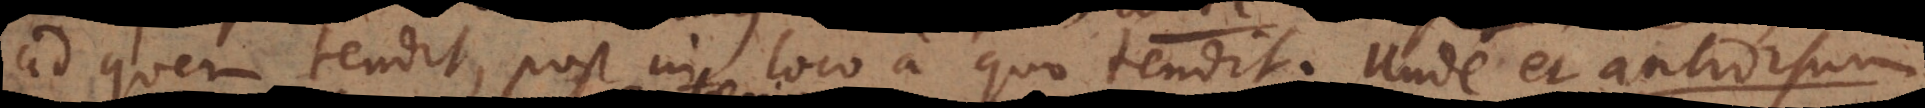
ad quem tendit, post in loco a quo tendit. Unde et antrorsum